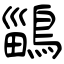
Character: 鶅